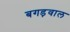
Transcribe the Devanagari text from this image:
बगड़वाल